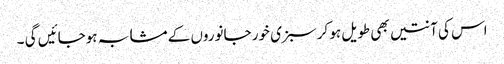
اس کی آنتیں بھی طویل ہو کر سبزی خور جانوروں کے مشابہ ہوجائیں گی ۔